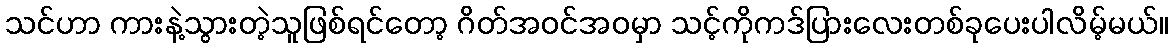
သင်ဟာ ကားနဲ့သွားတဲ့သူဖြစ်ရင်တော့ ဂိတ်အဝင်အဝမှာ သင့်ကိုကဒ်ပြားလေးတစ်ခုပေးပါလိမ့်မယ်။